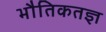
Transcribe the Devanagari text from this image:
भौतिकतज्ञ